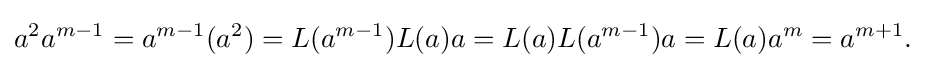
\displaystyle {a^{2}a^{m-1}=a^{m-1}(a^{2})=L(a^{m-1})L(a)a=L(a)L(a^{m-1})a=L(a)a^{m}=a^{m+1}.}